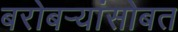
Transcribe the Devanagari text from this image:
बरोबर्‍यांसोबत